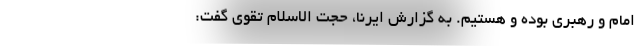
امام و رهبری بوده و هستیم. به گزارش ایرنا، حجت الاسلام تقوی گفت: